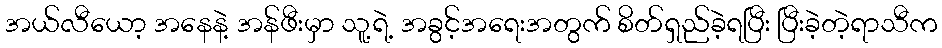
အယ်လီယော့ အနေနဲ့ အန်ဖီးမှာ သူ့ရဲ့ အခွင့်အရေးအတွက် စိတ်ရှည်ခဲ့ရပြီး ပြီးခဲ့တဲ့ရာသီက